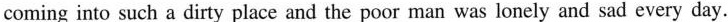
coming into such a dirty place and the poor man was lonely and sad every day.